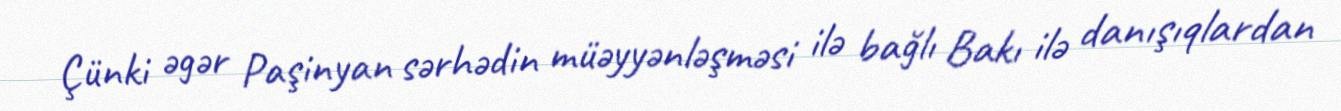
Çünki əgər Paşinyan sərhədin müəyyənləşməsi ilə bağlı Bakı ilə danışıqlardan